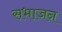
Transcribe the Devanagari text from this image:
सभाजन